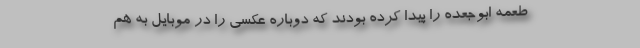
طعمه ابوجعده را پیدا کرده بودند که دوباره عکسی را در موبایل به هم